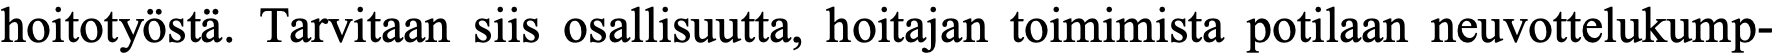
hoitotyöstä. Tarvitaan siis osallisuutta, hoitajan toimimista potilaan neuvottelukump-